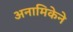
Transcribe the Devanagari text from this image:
अनामिकेने